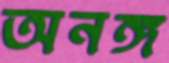
অনঙ্গ